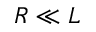
R \ll L